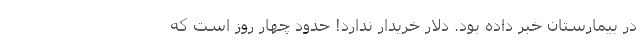
در بیمارستان خبر داده بود. دلار خریدار ندارد! حدود چهار روز است که